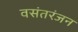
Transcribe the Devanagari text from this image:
वसंतरंजन